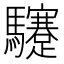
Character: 䮿